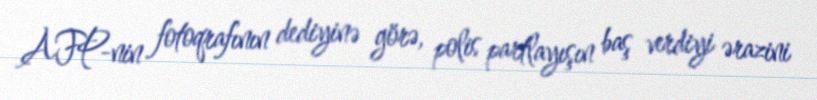
AFP-nin fotoqrafının dediyinə görə, polis partlayışın baş verdiyi ərazini